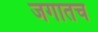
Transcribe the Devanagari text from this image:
जगातच